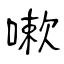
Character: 嗽